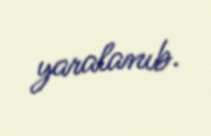
yaralanıb.